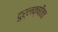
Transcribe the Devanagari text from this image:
दुर्लक्षीतच